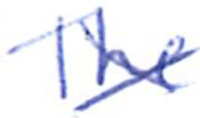
Text: The
Cross-out: cross
Writing tool: ballpoint